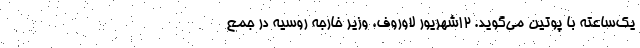
یک‌ساعته با پوتین می‌گوید. ۱۲شهریور لاوروف، وزیر خارجه روسیه در جمع